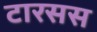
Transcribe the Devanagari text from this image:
टारसस